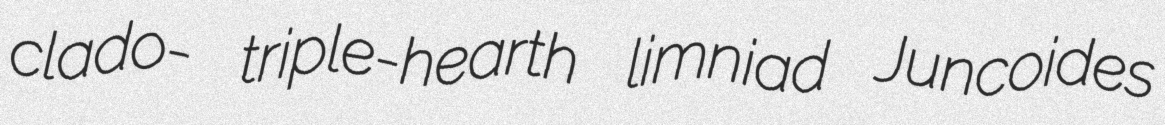
clado- triple-hearth limniad Juncoides